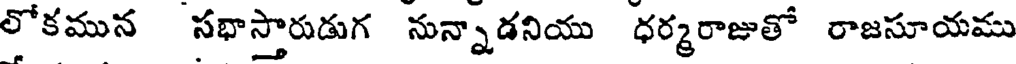
లోకమున సభాస్తారుడుగ నున్నాడనియు ధర్మరాజుతో రాజసూయము